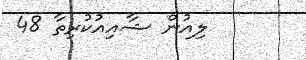
ލިއުން ޝާއިއުކުރިތާ 48